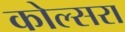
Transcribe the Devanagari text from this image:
कोल्‍सरा